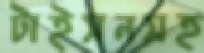
টাইসনসহ